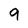
Character: 9